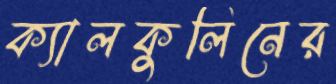
ক্যালকুলিনের